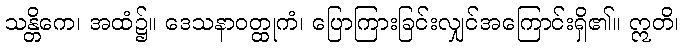
သန္တိကေ၊ အထံ၌။ ဒေသနာဝတ္ထုကံ၊ ပြောကြားခြင်းလျှင်အကြောင်းရှိ၏။ ဣတိ၊